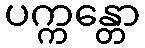
ပက္ကန္တော